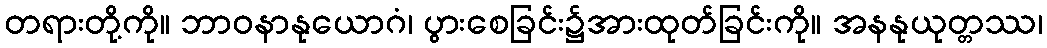
တရားတို့ကို။ ဘာဝနာနုယောဂံ၊ ပွားစေခြင်း၌အားထုတ်ခြင်းကို။ အနနုယုတ္တဿ၊